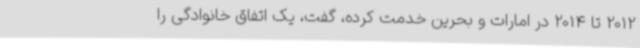
2012 تا 2014 در امارات و بحرین خدمت کرده، گفت، یک اتفاق خانوادگی را